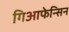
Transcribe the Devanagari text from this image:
गिआफेन्सिन